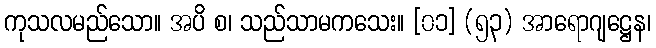
ကုသလမည်သော။ အပိ စ၊ သည်သာမကသေး။ [၀၁] (၅၃) အာရောဂျဋ္ဌေန၊